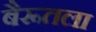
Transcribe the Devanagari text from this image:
बैरूतला